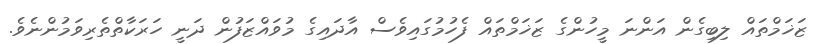
ޒަޚަމްތައް ލިބިގެން އަންނަ މީހުންގެ ޒަޚަމްތައް ފެހުމުގައިވެސް އާދައިގެ މުވައްޒަފުން ދަނީ ހަރަކާތްތެރިވަމުންނެވެ.